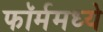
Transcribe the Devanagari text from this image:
फॉर्ममध्‍ये